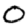
Digit: 0